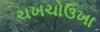
ચખચોઉખા